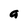
Character: a